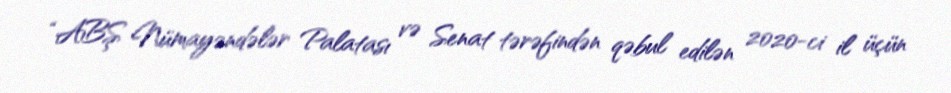
“ABŞ Nümayəndələr Palatası və Senat tərəfindən qəbul edilən 2020-ci il üçün